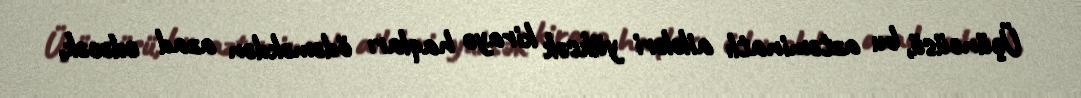
Üçüncüsü, bu aztəminatlı ailələri yüksək kirayə haqları ödəməkdən azad edəcək,